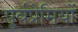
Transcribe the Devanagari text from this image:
पूर्वप्रेमियों